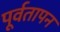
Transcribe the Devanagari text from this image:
पूर्वतापन